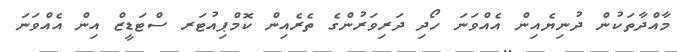
މާއްދާތަކުން ދުނިޔެއިން އެއްވަނަ ހޯދި ދަރިވަރުންގެ ތެރެއިން ކޮމްޕިއުޓަރ ސްޓަޑީޒް އިން އެއްވަނަ